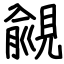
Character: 覦